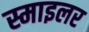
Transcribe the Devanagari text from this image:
स्माइलर